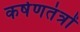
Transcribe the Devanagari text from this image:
कर्षणतंत्रों